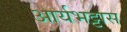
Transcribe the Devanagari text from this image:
आर्यभट्टास